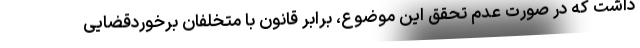
داشت که در صورت عدم تحقق این موضوع، برابر قانون با متخلفان برخوردقضایی